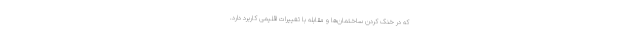
که در خنک کردن ساختمان‌ها و مقابله با تغییرات اقلیمی کاربرد دارد.